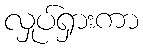
လှုပ်ရှားကာ